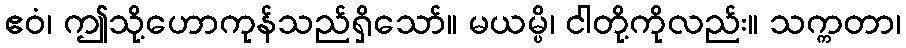
ဧဝံ၊ ဤသို့ဟောကုန်သည်ရှိသော်။ မယမ္ပိ၊ ငါတို့ကိုလည်း။ သက္ကတာ၊